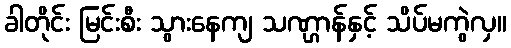
ခါတိုင်း မြင်းစီး သွားနေကျ သဏ္ဌာန်နှင့် သိပ်မကွဲလှ။